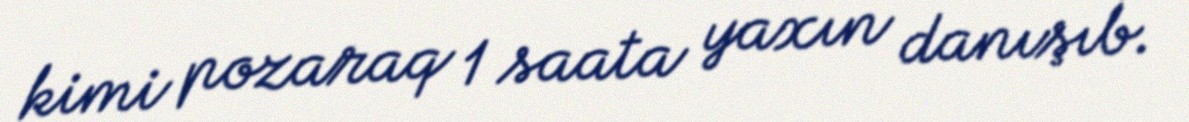
kimi pozaraq 1 saata yaxın danışıb.